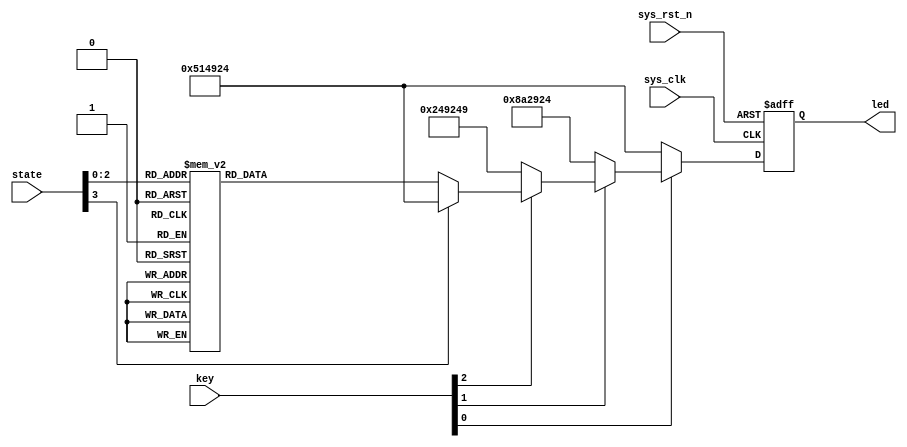
module led_module (
    input              sys_clk   ,       //
    input              sys_rst_n ,       //
    input       [3:0]  state     ,       //
    input       [3:0]  key       ,
    output reg  [23:0]  led              //LED 
);

//parameter define
parameter  Yellow_Count = 20000;     //

//reg define
reg    [24:0]     count;                   //

//0.4ms(Yellow_Count)                                                              
always @(posedge sys_clk or negedge sys_rst_n)begin                                  
    if(!sys_rst_n)                                                                   
        count <= 25'b0;                                                                
    else if (count < Yellow_Count - 1'b1)                                                                                                        
        count <= count + 1'b1;                                                                                                                                                                                                                                                             
    else                                                                             
        count <= 25'b0;                                                                
end                                                                                  
                                                                                     
//led                                                              
always @(posedge sys_clk or negedge sys_rst_n)begin                                  
    if(!sys_rst_n)                                                                   
        led <= 24'b100_100_100_100_100_100_100_100;
    else if(key[0] == 1'b0)
        led <= 24'b010_100_010_100_100_100_100_100;
	 else if(key[1] == 1'b0)
        led <= 24'b100_010_100_010_100_100_100_100;
	 else if(key[2] == 1'b0)
        led <= 24'b001_001_001_001_001_001_001_001;
    else begin                                                                       
        case(state)                                                                   
            4'b0000: led <= 24'b010_100_010_100_100_100_100_100;  //led                       
                                                                                  
            4'b0001: led <= 24'b001_100_001_100_100_100_100_100; 
				
            4'b0010: led <= 24'b100_100_100_100_010_100_010_100;
				
            4'b0011: led <= 24'b100_100_100_100_001_100_001_100;
				
				4'b0100: led <= 24'b100_010_100_010_100_100_100_100;
				
				4'b0101: led <= 24'b100_001_100_001_100_100_100_100;
				
            4'b0110:	led <= 24'b100_100_100_100_100_010_100_010;
				
            4'b0111:	led <= 24'b100_100_100_100_100_001_100_001; 
				
            default: led <= 24'b010_100_010_100_100_100_100_100;                                                  
        endcase                                                                      
    end                                                                              
end  

endmodule